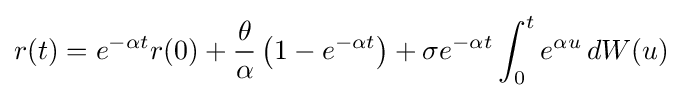
r(t)=e^{-\alpha t}r(0)+{\frac {\theta }{\alpha }}\left(1-e^{-\alpha t}\right)+\sigma e^{-\alpha t}\int _{0}^{t}e^{\alpha u}\,dW(u)